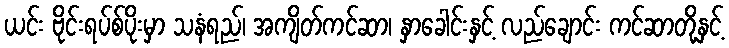
ယင်း ဗိုင်းရပ်စ်ပိုးမှာ သနံရည်၊ အကျိတ်ကင်ဆာ၊ နှာခေါင်းနှင့် လည်ချောင်း ကင်ဆာတို့နှင့်